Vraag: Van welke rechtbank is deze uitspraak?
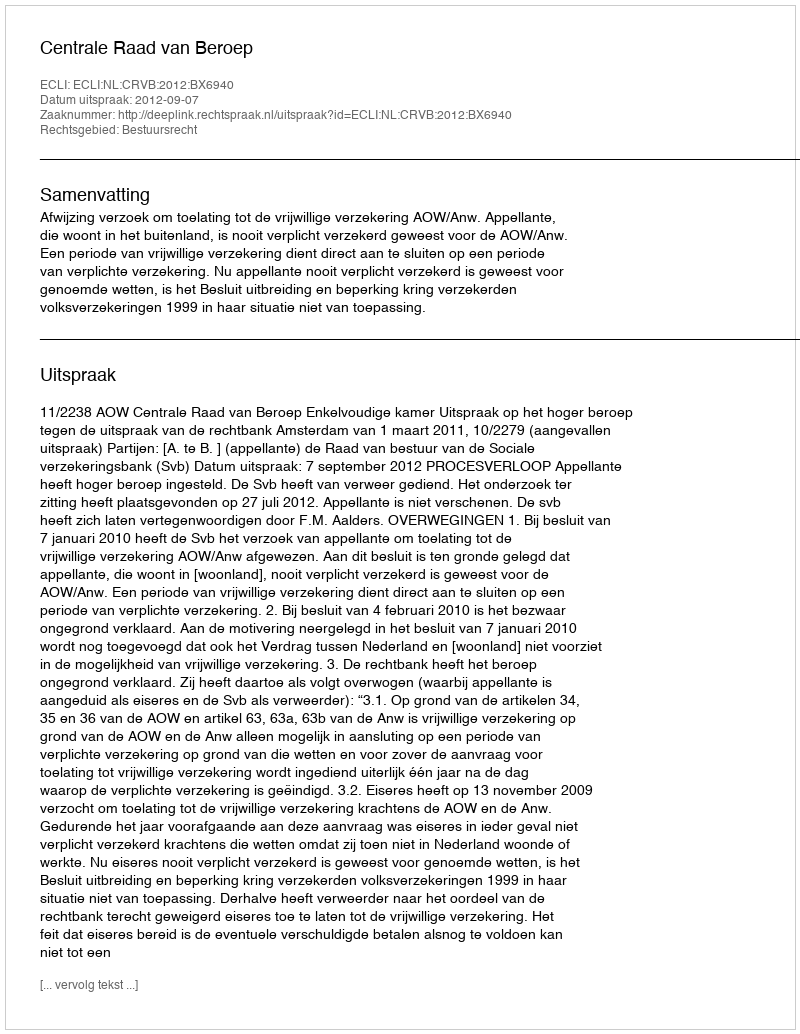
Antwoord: Centrale Raad van Beroep